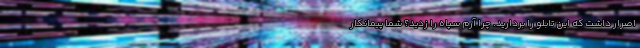
اصرار داشت که این تابلو را بردارید. چرا آرم سپاه را زدید؟ شما پیمانکار